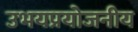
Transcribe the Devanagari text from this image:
उभयप्रयोजनीय